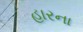
હારના